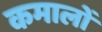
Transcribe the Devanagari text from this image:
कमालों